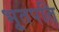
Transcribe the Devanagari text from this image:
भूतपति